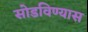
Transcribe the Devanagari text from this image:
सोडविण्यास